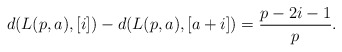
\begin{align*}d(L(p,a),[i])-d(L(p,a),[a+i])=\frac{p-2i-1}{p}.\end{align*}